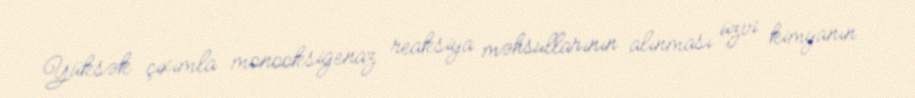
Yüksək çıxımla monooksigenaz reaksiya məhsullarının alınması üzvi kimyanın